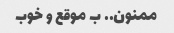
ممنون.. ب موقع و خوب